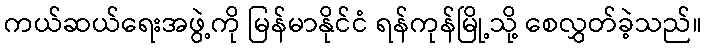
ကယ်ဆယ်ရေးအဖွဲ့ကို မြန်မာနိုင်ငံ ရန်ကုန်မြို့သို့ စေလွှတ်ခဲ့သည်။